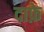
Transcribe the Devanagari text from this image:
दाफ़े